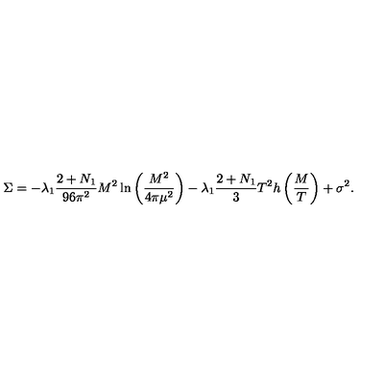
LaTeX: \Sigma = - \lambda _ { 1 } \frac { 2 + N _ { 1 } } { 9 6 \pi ^ { 2 } } M ^ { 2 } \ln \left( \frac { M ^ { 2 } } { 4 \pi \mu ^ { 2 } } \right) - \lambda _ { 1 } \frac { 2 + N _ { 1 } } { 3 } T ^ { 2 } h \left( \frac { M } { T } \right) + \sigma ^ { 2 } .